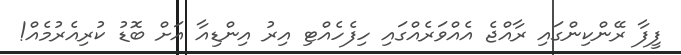
ފީފާ ރޭންކިންގައި ރާއްޖެ އެއްވަރެއްގައި ހިފެހެއްޓި އިރު އިންޑިއާ އަށް ބޮޑު ކުރިއެރުމެއް!